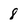
Character: 8